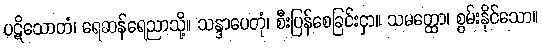
ပဋိသောတံ၊ ရေဆန်ရေညာသို့။ သန္ဒာပေတုံ၊ စီးပြန်စေခြင်းငှာ။ သမတ္ထော၊ စွမ်းနိုင်သော။